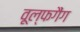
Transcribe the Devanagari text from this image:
वूल्फगैंग